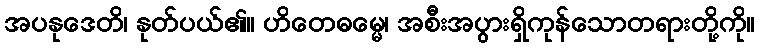
အပနုဒေတိ၊ နုတ်ပယ်၏။ ဟိတေဓမ္မေ၊ အစီးအပွားရှိကုန်သောတရားတို့ကို။